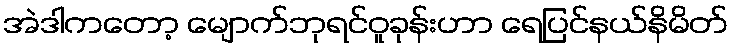
အဲဒါကတော့ မျောက်ဘုရင်ဝူခုန်းဟာ ရေပြင်နယ်နိမိတ်